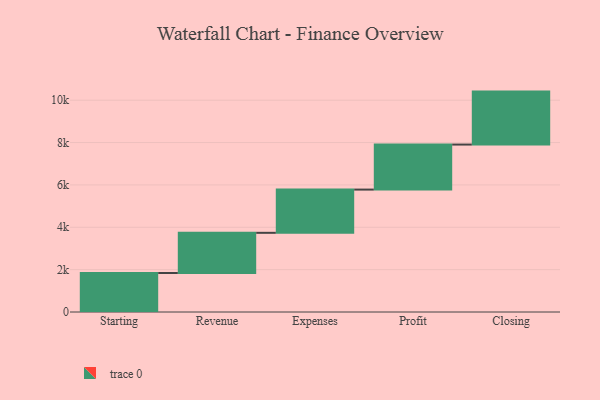
{"axis": {"x": "Step", "y": "Value"}, "legend": [""], "data": [{"x": "Starting", "y": 1841.0, "type": ""}, {"x": "Revenue", "y": 1897.0, "type": ""}, {"x": "Expenses", "y": 2041.0, "type": ""}, {"x": "Profit", "y": 2126.0, "type": ""}, {"x": "Closing", "y": 2500.0, "type": ""}]}